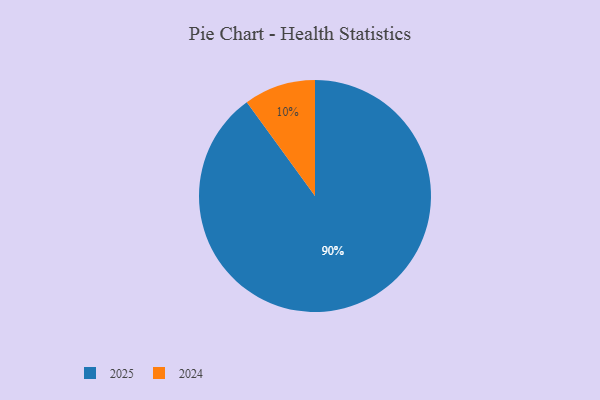
{"axis": {"x": "Category", "y": "Percentage"}, "legend": ["2024", "2025"], "data": [{"x": "2025", "y": 90, "type": "2025"}, {"x": "2024", "y": 10, "type": "2024"}]}